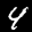
Label: 4